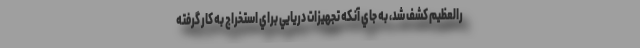
رالعظيم كشف شد، به جاي آنكه تجهيزات دريايي براي استخراج به كار گرفته